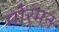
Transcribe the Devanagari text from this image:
मोरमन